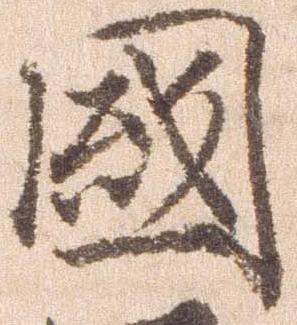
国